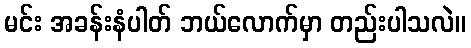
မင်း အခန်းနံပါတ် ဘယ်လောက်မှာ တည်းပါသလဲ။